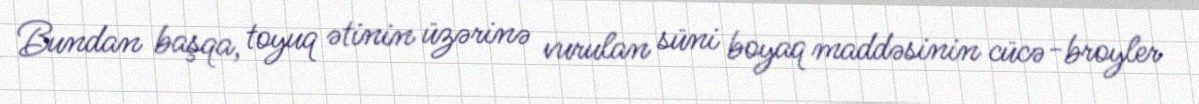
Bundan başqa, toyuq ətinin üzərinə vurulan süni boyaq maddəsinin cücə-broyler